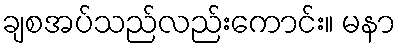
ချစအပ်သည်လည်းကောင်း။ မနာ